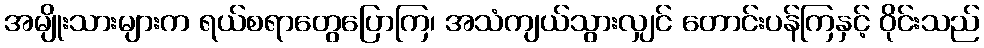
အမျိုးသားများက ရယ်စရာတွေပြောကြ၊ အသံကျယ်သွားလျှင် တောင်းပန်ကြနှင့် ဝိုင်းသည်